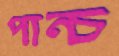
পান্চ